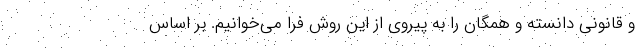
و قانونی دانسته و همگان را به پیروی از این روش فرا می‌خوانیم. بر اساس